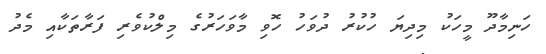
ހަނިމާދޫ މީހަކު މިދިޔަ ހުކުރު ދުވަހު ހޮވި މާވަހަރުގެ މިލްކުވެރި ފަރާތަކާއި މެދު